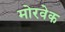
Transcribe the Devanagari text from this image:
मोरवेक